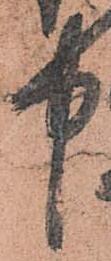
中